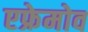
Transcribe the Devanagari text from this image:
एफ्रेमोव